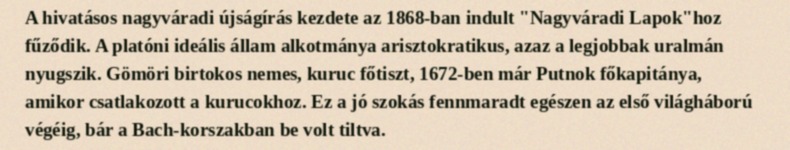
A hivatásos nagyváradi újságírás kezdete az 1868-ban indult "Nagyváradi Lapok"hoz fűződik. A platóni ideális állam alkotmánya arisztokratikus, azaz a legjobbak uralmán nyugszik. Gömöri birtokos nemes, kuruc főtiszt, 1672-ben már Putnok főkapitánya, amikor csatlakozott a kurucokhoz. Ez a jó szokás fennmaradt egészen az első világháború végéig, bár a Bach-korszakban be volt tiltva.